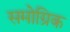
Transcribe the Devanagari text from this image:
समोग्रिक